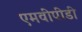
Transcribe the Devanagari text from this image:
एमवीपीडी